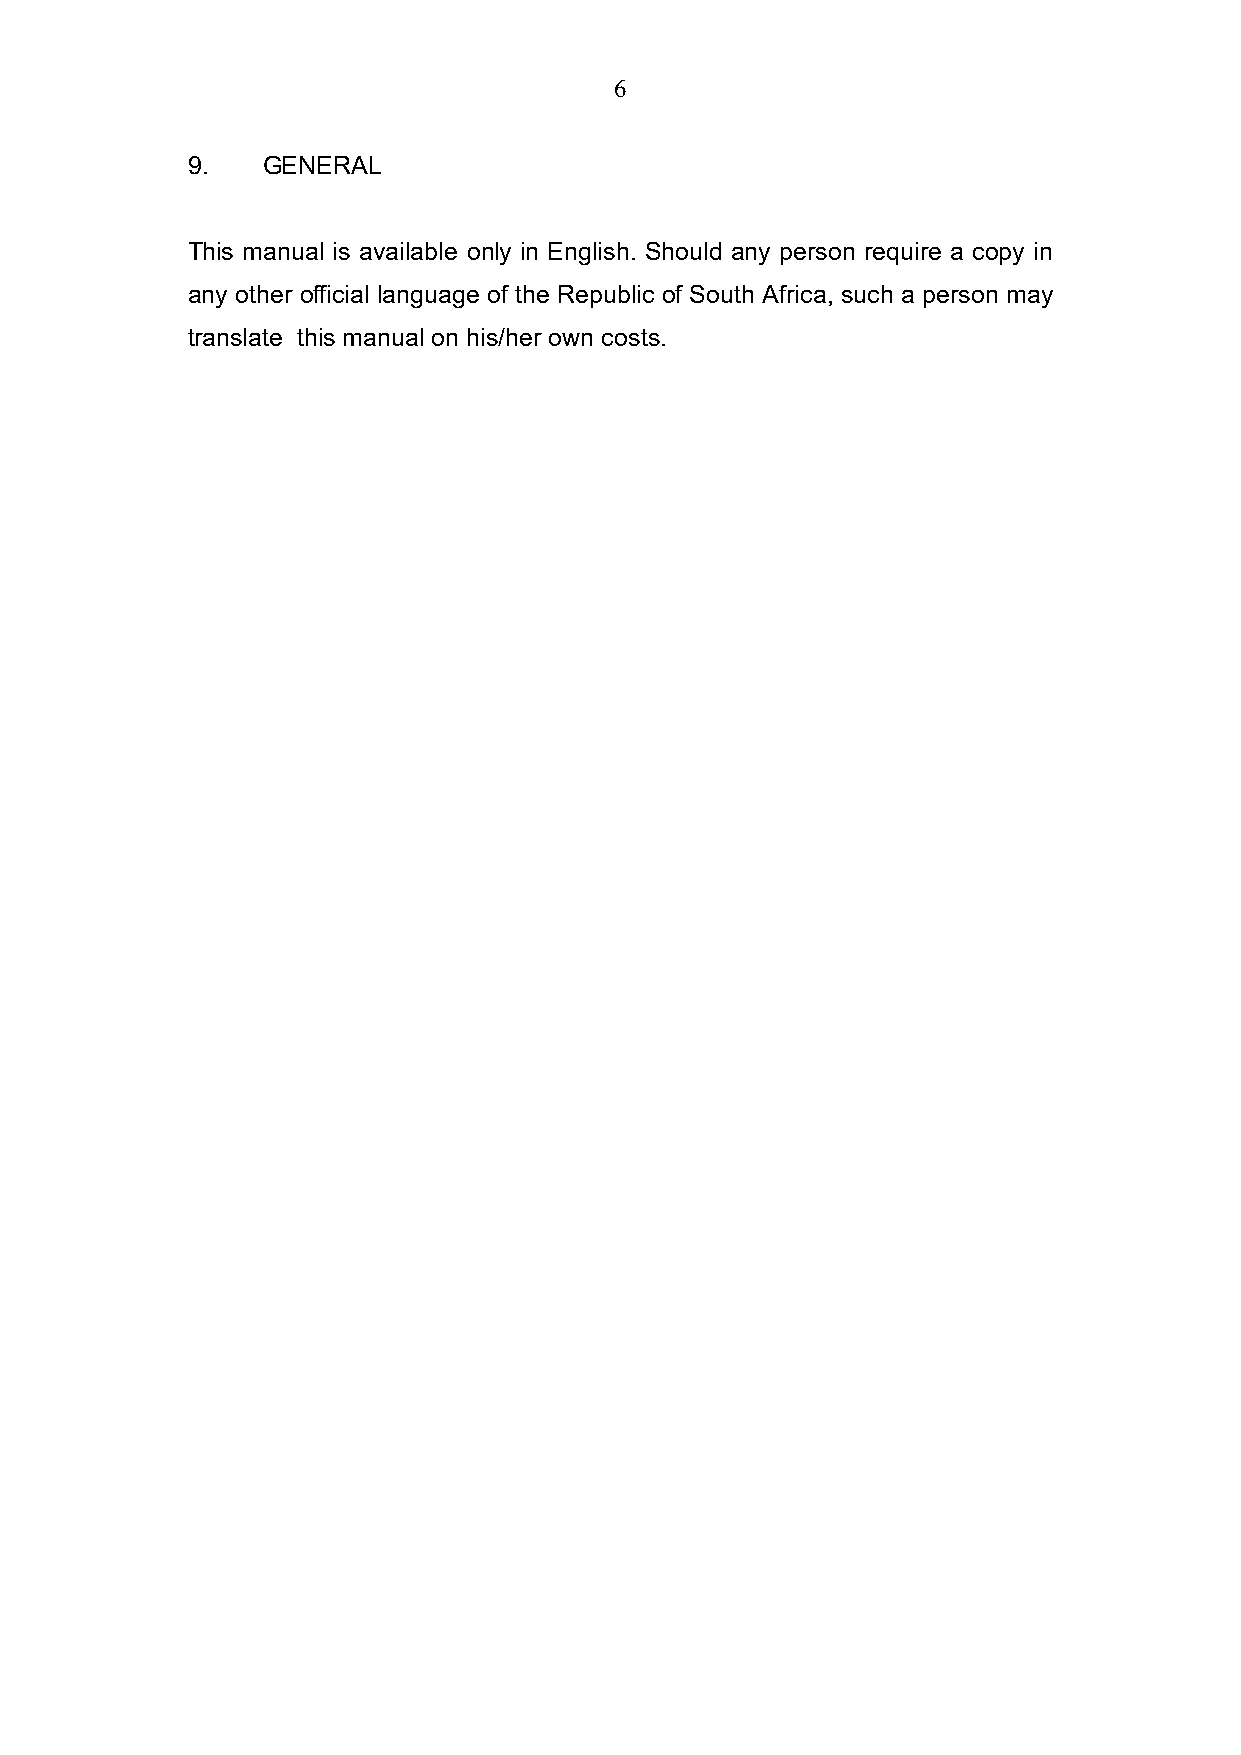
6
 9.   GENERAL
 This manual is available only in English. Should any person require a copy in
 any other official language of the Republic of South Africa, such a person may
 translate this manual on his/her own costs.